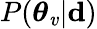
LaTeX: P(\boldsymbol{\theta}_{\mathit{v}}|\mathbf{{d}})